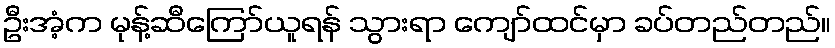
ဦးအံ့က မုန့်ဆီကြော်ယူရန် သွားရာ ကျော်ထင်မှာ ခပ်တည်တည်။